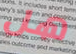
هل